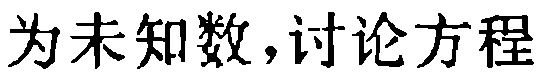
为未知数,讨论方程